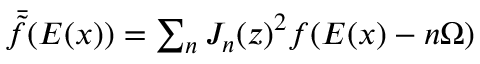
\begin{array} { r } { \bar { \tilde { f } } ( E ( x ) ) = \sum _ { n } J _ { n } ( z ) ^ { 2 } f ( E ( x ) - n \Omega ) } \end{array}